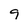
Character: 9